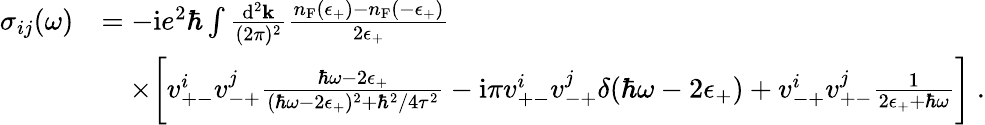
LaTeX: \begin{array}{rl}{\sigma_{ij}(\omega)}&{=-\mathrm{i}e^{2}\hbar\int\frac{\mathrm{d}^{2}\mathbf{k}}{(2\pi)^{2}}\frac{n_{\mathrm{F}}(\epsilon_{+})-n_{\mathrm{F}}(-\epsilon_{+})}{2\epsilon_{+}}}\\ &{\quad\times\bigg[v_{+-}^{i}v_{-+}^{j}\frac{\hbar\omega-2\epsilon_{+}}{(\hbar\omega-2\epsilon_{+})^{2}+\hbar^{2}/4\tau^{2}}-\mathrm{i}\pi v_{+-}^{i}v_{-+}^{j}\delta(\hbar\omega-2\epsilon_{+})+v_{-+}^{i}v_{+-}^{j}\frac{1}{2\epsilon_{+}+\hbar\omega}\bigg]\ .}\end{array}